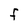
Character: F